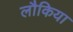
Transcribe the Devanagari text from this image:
लौकिया